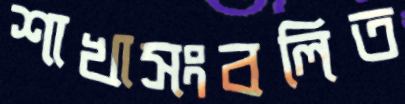
শাখাসংবলিত